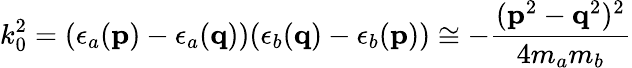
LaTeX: k_{0}^{2}=(\epsilon_{a}({\mathbf p})-\epsilon_{a}({\mathbf q}))(\epsilon_{b}({\mathbf q})-\epsilon_{b}({\mathbf p}))\cong-\frac{({\mathbf p}^{2}-{\mathbf q}^{2})^{2}}{4m_{a}m_{b}}